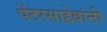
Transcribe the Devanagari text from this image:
पेंटरसाहेबांनी